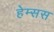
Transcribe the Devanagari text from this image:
हेम्सस